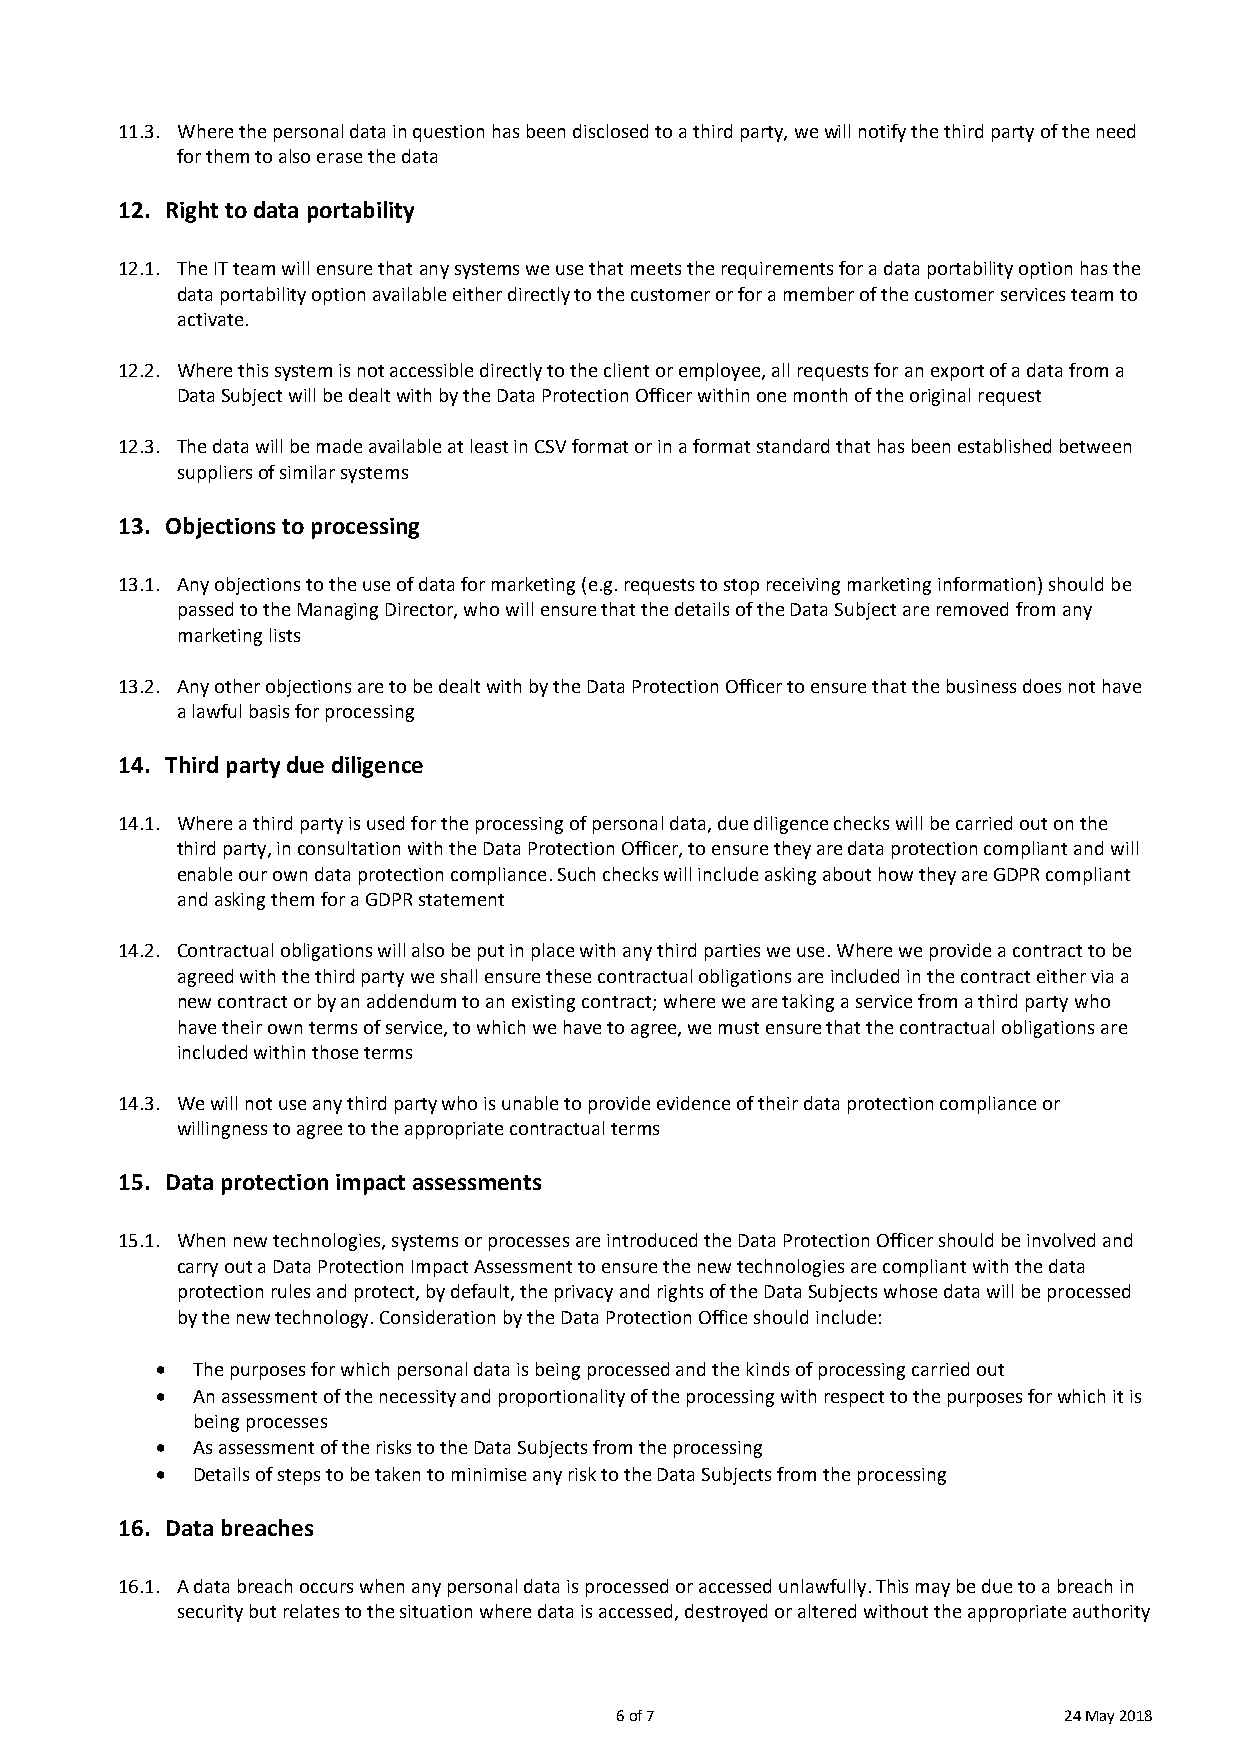
11.3. Where the personal data in question has been disclosed to a third party, we will notify the third party of the need
 for them to also erase the data
 12. Right to data portability
 12.1. The IT team will ensure that any systems we use that meets the requirements for a data portability option has the
 data portability option available either directly to the customer or for a member of the customer services team to
 activate.
 12.2. Where this system is not accessible directly to the client or employee, all requests for an export of a data from a
 Data Subject will be dealt with by the Data Protection Officer within one month of the original request
 12.3. The data will be made available at least in CSV format or in a format standard that has been established between
 suppliers of similar systems
 13. Objections to processing
 13.1. Any objections to the use of data for marketing (e.g. requests to stop receiving marketing information) should be
 passed to the Managing Director, who will ensure that the details of the Data Subject are removed from any
 marketing lists
 13.2. Any other objections are to be dealt with by the Data Protection Officer to ensure that the business does not have
 a lawful basis for processing
 14. Third party due diligence
 14.1. Where a third party is used for the processing of personal data, due diligence checks will be carried out on the
 third party, in consultation with the Data Protection Officer, to ensure they are data protection compliant and will
 enable our own data protection compliance. Such checks will include asking about how they are GDPR compliant
 and asking them for a GDPR statement
 14.2. Contractual obligations will also be put in place with any third parties we use. Where we provide a contract to be
 agreed with the third party we shall ensure these contractual obligations are included in the contract either via a
 new contract or by an addendum to an existing contract; where we are taking a service from a third party who
 have their own terms of service, to which we have to agree, we must ensure that the contractual obligations are
 included within those terms
 14.3. We will not use any third party who is unable to provide evidence of their data protection compliance or
 willingness to agree to the appropriate contractual terms
 15. Data protection impact assessments
 15.1. When new technologies, systems or processes are introduced the Data Protection Officer should be involved and
 carry out a Data Protection Impact Assessment to ensure the new technologies are compliant with the data
 protection rules and protect, by default, the privacy and rights of the Data Subjects whose data will be processed
 by the new technology. Consideration by the Data Protection Office should include:
   The purposes for which personal data is being processed and the kinds of processing carried out
   An assessment of the necessity and proportionality of the processing with respect to the purposes for which it is
 being processes
   As assessment of the risks to the Data Subjects from the processing
   Details of steps to be taken to minimise any risk to the Data Subjects from the processing
 16. Data breaches
 16.1. A data breach occurs when any personal data is processed or accessed unlawfully. This may be due to a breach in
 security but relates to the situation where data is accessed, destroyed or altered without the appropriate authority
 6 of 7                       24 May 2018